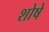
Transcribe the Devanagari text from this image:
शोषे